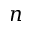
n